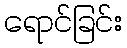
ရောင်ခြင်း